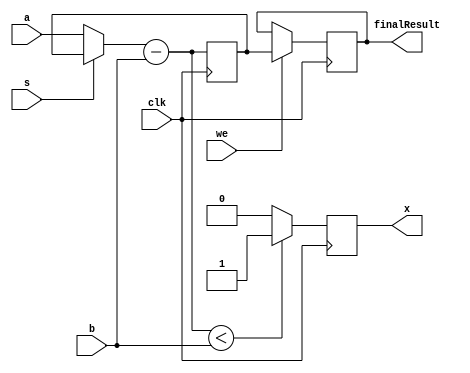
module mod_dp(
    input clk,
    input s,
    input we,
    input [31:0] a,
    input [31:0] b,
    output reg x,
    output reg [31:0] finalResult
);

    reg [31:0] temp;
    reg [31:0] mux_out1;
    reg [31:0] mux_out2;

    always @(posedge clk)
    begin
			//$display("result = %d" ,finalResult);
        if (we) begin
            finalResult <= temp;
        end
    end

    always @(posedge clk)
    begin
        mux_out1 = s ? temp : a;
        mux_out2 = b;
        temp = mux_out1 - mux_out2;

        if ((mux_out1 - b) < mux_out2) begin
            x = 1;
        end else begin
            x = 0;
        end
    end
endmodule